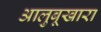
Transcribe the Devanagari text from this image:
आलुबूखारा